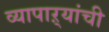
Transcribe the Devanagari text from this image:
व्यापाऱ्यांची